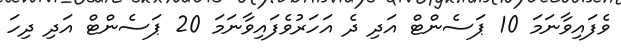
ވެފައިވާނަމަ 10 ޕަސެންޓް އަދި ދެ އަހަރުވެފައިވާނަމަ 20 ޕަސެންޓް އަދި ދިހަ